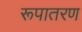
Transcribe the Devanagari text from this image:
रूपातरण